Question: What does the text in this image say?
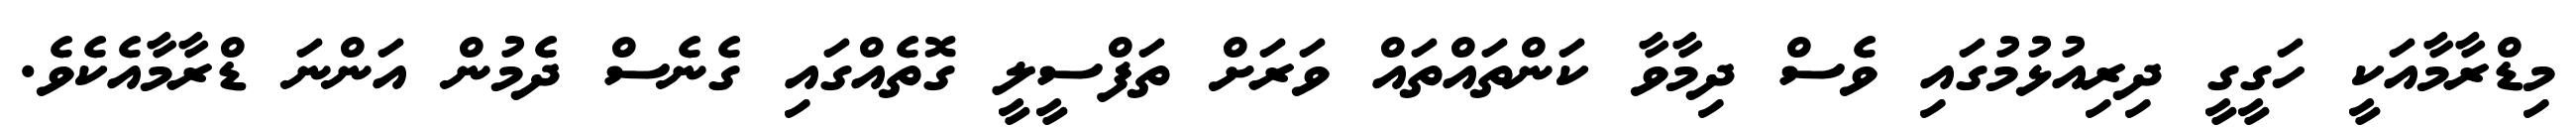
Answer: މިޑްރާމާއަކީ ހަގީގީ ދިރިއުޅުމުގައި ވެސް ދިމާވާ ކަންތައްތައް ވަރަށް ތަފްސީލީ ގޮތެއްގައި ގެނެސް ދެމުން އަންނަ ޑްރާމާއެކެވެ.